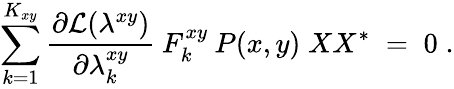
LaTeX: \sum_{k=1}^{K_{xy}}\frac{\partial{\cal{L}}(\lambda^{xy})}{\partial\lambda_{k}^{xy}}\: F_{k}^{xy}\: P(x,y)\; XX^{*}\; =\; 0\; .